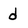
Character: d